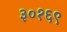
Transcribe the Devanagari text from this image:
३०१६९